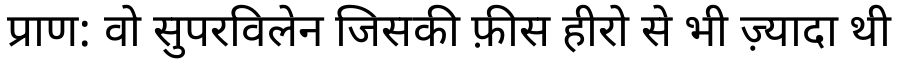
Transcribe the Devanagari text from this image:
प्राण: वो सुपरविलेन जिसकी फ़ीस हीरो से भी ज़्यादा थी